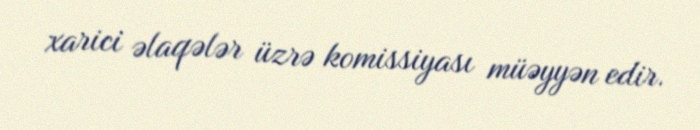
xarici əlaqələr üzrə komissiyası müəyyən edir.